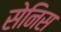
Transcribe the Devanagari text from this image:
सेनिस